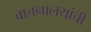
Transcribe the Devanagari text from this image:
वाचनालयांची